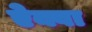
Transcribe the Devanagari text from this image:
ऐक्वा